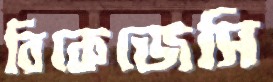
বিকেজেসি